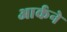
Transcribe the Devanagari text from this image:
आर्कने